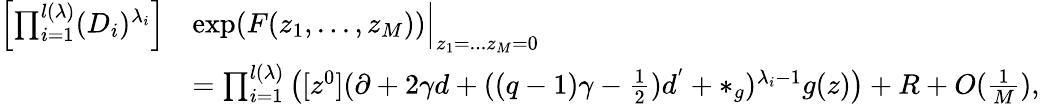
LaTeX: \begin{array}{rl}{\left[\prod_{i=1}^{l(\lambda)}(D_{i})^{\lambda_{i}}\right]}&{\exp(F(z_{1},...,z_{M}))\Bigr|_{z_{1}=...z_{M}=0}}\\ &{=\prod_{i=1}^{l(\lambda)}\left([z^{0}](\partial+2\gamma d+((q-1)\gamma-\frac{1}{2})d^{'}+*_{g})^{\lambda_{i}-1}g(z)\right)+R+O(\frac{1}{M}),}\end{array}